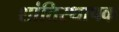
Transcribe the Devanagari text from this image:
शांतिस्थापक